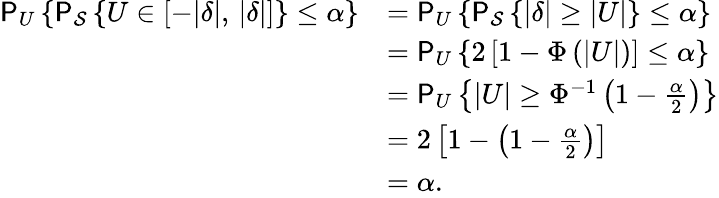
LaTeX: \begin{array}{rl}{\mathsf{P}_{U}\left\{ \mathsf{P}_{\mathcal{S}}\left\{ U\in[-|\delta|,\, |\delta|]\right\} \le\alpha\right\} }&{=\mathsf{P}_{U}\left\{ \mathsf{P}_{\mathcal{S}}\left\{ |\delta|\ge\left|U\right|\right\} \le\alpha\right\} }\\ &{=\mathsf{P}_{U}\left\{ 2\left[1-\Phi\left(\left|U\right|\right)\right]\le\alpha\right\} }\\ &{=\mathsf{P}_{U}\left\{ |U|\ge\Phi^{-1}\left(1-\frac{\alpha}{2}\right)\right\} }\\ &{=2\left[1-\left(1-\frac{\alpha}{2}\right)\right]}\\ &{=\alpha.}\end{array}